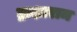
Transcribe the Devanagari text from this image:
द्राक्षाराम